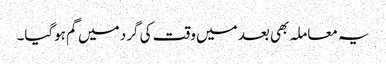
یہ معاملہ بھی بعد میں وقت کی گرد میں گم ہوگیا۔